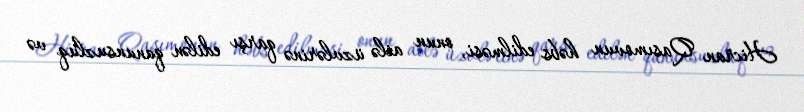
Hicran Qasımovun həbs edilməsi, onun ailə üzvlərinə qarşı edilən qanunsuzluq və